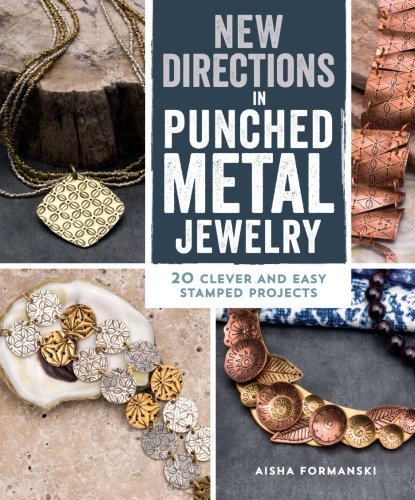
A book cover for New Directions in Punched Metal Jewelry: 20 Clever and Easy Stamped Projects; Aisha Formanski; Crafts, Hobbies & Home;